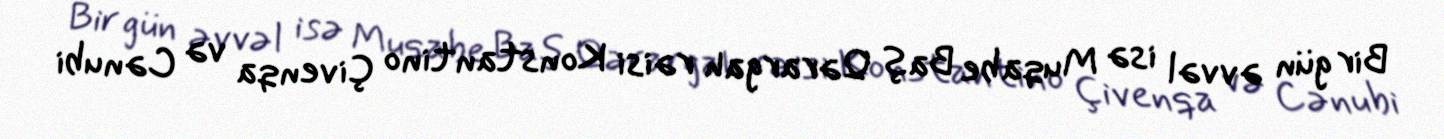
Bir gün əvvəl isə Muqabe Baş Qərargah rəisi Konstantino Çivenqa və Cənubi